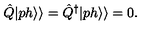
\hat { Q } | p h \rangle \rangle = \hat { Q } ^ { \dagger } | p h \rangle \rangle = 0 .